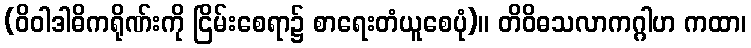
(ဝိဝါဒါဓိကရိုဏ်းကို ငြိမ်းစေရာ၌ စာရေးတံယူစေပုံ)။ တိဝိဓသလာကဂ္ဂါဟ ကထာ၊